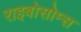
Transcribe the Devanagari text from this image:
राइबोसोम्स